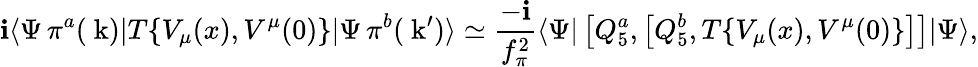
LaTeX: \mathbf{i}\langle\Psi\, \pi^{a}(\mathrm{{\mathbf{~}k}})|T\{ V_{\mu}(x),V^{\mu}(0)\} |\Psi\, \pi^{b}(\mathrm{{\mathbf{~}k}}^{\prime})\rangle\simeq{\frac{{-\mathbf{i}}}{{f_{\pi}^{2}}}}\langle\Psi|\left[Q_{5}^{a},\left[Q_{5}^{b},T\{ V_{\mu}(x),V^{\mu}(0)\} \right]\right]|\Psi\rangle,